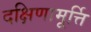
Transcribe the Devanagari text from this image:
दक्षिणामूर्त्ति